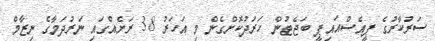
ސަރުކާރުގެ ޕީއެސްއައިޕީ ބަޖެޓުން ހަރަދުކޮށްގެން މި އަހަރު 38 ރަށެއްގައި ނަރުދަމާގެ ނިޒާމް